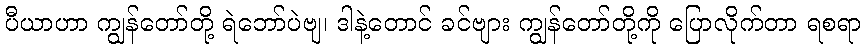
ပီယာဟာ ကျွန်တော်တို့ ရဲဘော်ပဲဗျ၊ ဒါနဲ့တောင် ခင်ဗျား ကျွန်တော်တို့ကို ပြောလိုက်တာ ရစရာ